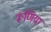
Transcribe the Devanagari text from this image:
रूणिया